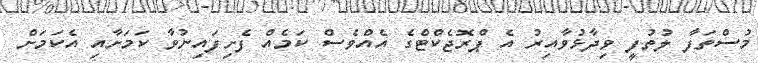
މުސްތަފާ ލުތުފީ ވިދާޅުވާއިރު އެ ޕްރޮޖެކްޓްގެ އެއްވެސް ކަމެއް ފެށިފައިނުވާ ކަމަށާއި އެކަމަށް